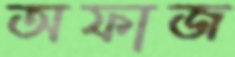
অফাজ